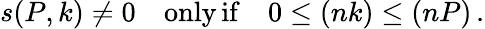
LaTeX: s(P,k)\neq 0\quad\mathrm{only\, if}\quad 0\leq(nk)\leq(nP)\, .